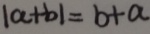
\vert a + b \vert = b + a